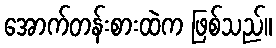
အောက်တန်းစားထဲက ဖြစ်သည်။